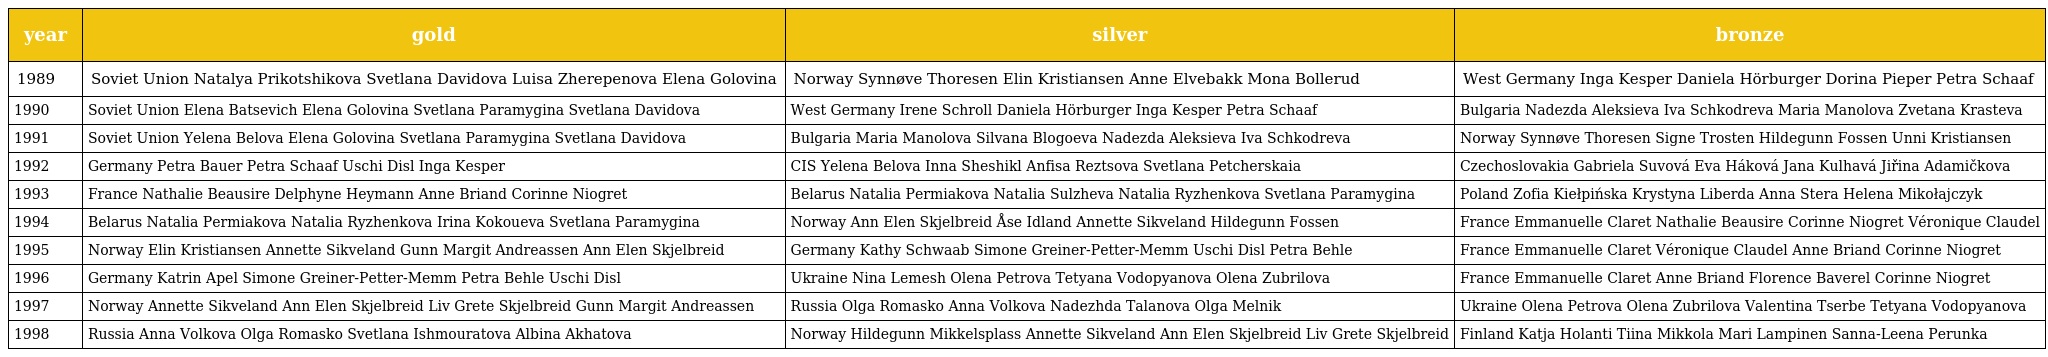
| year | gold | silver | bronze |
 | --- | --- | --- | --- |
 | 1989 | Soviet Union Natalya Prikotshikova Svetlana Davidova Luisa Zherepenova Elena Golovina | Norway Synnøve Thoresen Elin Kristiansen Anne Elvebakk Mona Bollerud | West Germany Inga Kesper Daniela Hörburger Dorina Pieper Petra Schaaf |
 | 1990 | Soviet Union Elena Batsevich Elena Golovina Svetlana Paramygina Svetlana Davidova | West Germany Irene Schroll Daniela Hörburger Inga Kesper Petra Schaaf | Bulgaria Nadezda Aleksieva Iva Schkodreva Maria Manolova Zvetana Krasteva |
 | 1991 | Soviet Union Yelena Belova Elena Golovina Svetlana Paramygina Svetlana Davidova | Bulgaria Maria Manolova Silvana Blogoeva Nadezda Aleksieva Iva Schkodreva | Norway Synnøve Thoresen Signe Trosten Hildegunn Fossen Unni Kristiansen |
 | 1992 | Germany Petra Bauer Petra Schaaf Uschi Disl Inga Kesper | CIS Yelena Belova Inna Sheshikl Anfisa Reztsova Svetlana Petcherskaia | Czechoslovakia Gabriela Suvová Eva Háková Jana Kulhavá Jiřina Adamičkova |
 | 1993 | France Nathalie Beausire Delphyne Heymann Anne Briand Corinne Niogret | Belarus Natalia Permiakova Natalia Sulzheva Natalia Ryzhenkova Svetlana Paramygina | Poland Zofia Kiełpińska Krystyna Liberda Anna Stera Helena Mikołajczyk |
 | 1994 | Belarus Natalia Permiakova Natalia Ryzhenkova Irina Kokoueva Svetlana Paramygina | Norway Ann Elen Skjelbreid Åse Idland Annette Sikveland Hildegunn Fossen | France Emmanuelle Claret Nathalie Beausire Corinne Niogret Véronique Claudel |
 | 1995 | Norway Elin Kristiansen Annette Sikveland Gunn Margit Andreassen Ann Elen Skjelbreid | Germany Kathy Schwaab Simone Greiner-Petter-Memm Uschi Disl Petra Behle | France Emmanuelle Claret Véronique Claudel Anne Briand Corinne Niogret |
 | 1996 | Germany Katrin Apel Simone Greiner-Petter-Memm Petra Behle Uschi Disl | Ukraine Nina Lemesh Olena Petrova Tetyana Vodopyanova Olena Zubrilova | France Emmanuelle Claret Anne Briand Florence Baverel Corinne Niogret |
 | 1997 | Norway Annette Sikveland Ann Elen Skjelbreid Liv Grete Skjelbreid Gunn Margit Andreassen | Russia Olga Romasko Anna Volkova Nadezhda Talanova Olga Melnik | Ukraine Olena Petrova Olena Zubrilova Valentina Tserbe Tetyana Vodopyanova |
 | 1998 | Russia Anna Volkova Olga Romasko Svetlana Ishmouratova Albina Akhatova | Norway Hildegunn Mikkelsplass Annette Sikveland Ann Elen Skjelbreid Liv Grete Skjelbreid | Finland Katja Holanti Tiina Mikkola Mari Lampinen Sanna-Leena Perunka |